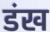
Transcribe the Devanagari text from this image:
डंख